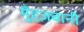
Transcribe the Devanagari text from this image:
मुँहज़बानी